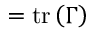
= \operatorname { t r } \left( \Gamma \right)